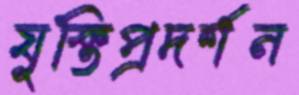
যুক্তিপ্রদর্শন